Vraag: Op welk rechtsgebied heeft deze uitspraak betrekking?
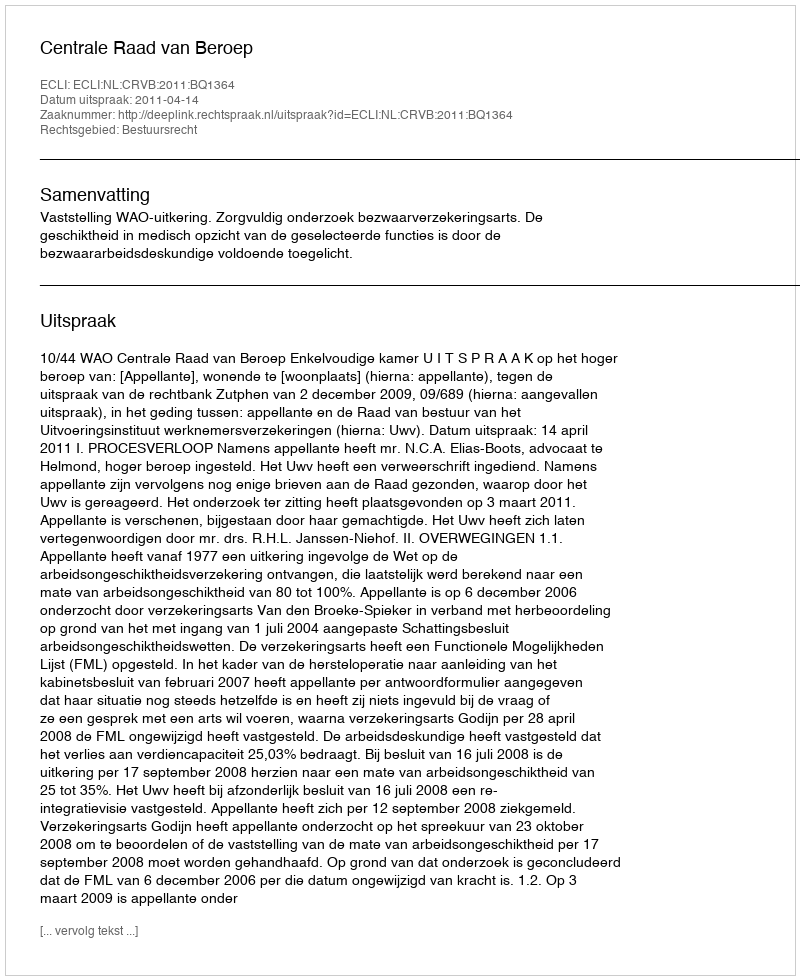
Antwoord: Bestuursrecht